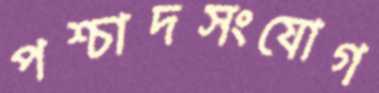
পশ্চাদসংযোগ